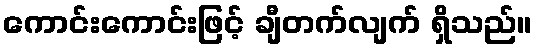
ကောင်းကောင်းဖြင့် ချီတက်လျက် ရှိသည်။